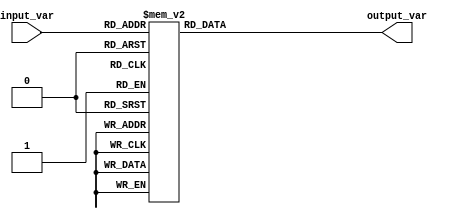
module behavioral_modeling(
    input [2:0] input_var,
    output reg [3:0] output_var
);

initial begin
    case(input_var)
        3'b000: output_var = 4'b0000;
        3'b001: output_var = 4'b0001;
        3'b010: output_var = 4'b0010;
        3'b011: output_var = 4'b0011;
        3'b100: output_var = 4'b0100;
        3'b101: output_var = 4'b0101;
        3'b110: output_var = 4'b0110;
        3'b111: output_var = 4'b0111;
    endcase
end

endmodule